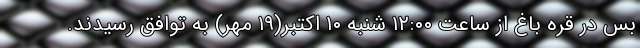
بس در قره باغ از ساعت ۱۲:۰۰ شنبه ۱۰ اکتبر(۱۹ مهر) به توافق رسیدند.